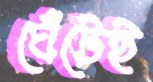
ঘেঁটেই